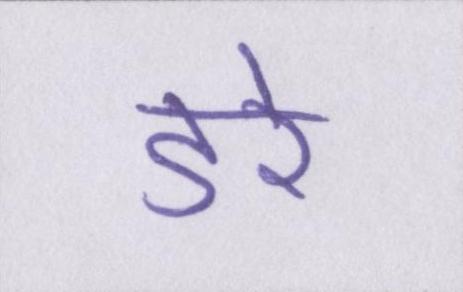
डरे